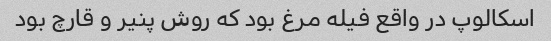
اسکالوپ در واقع فیله مرغ بود که روش پنیر و قارچ بود